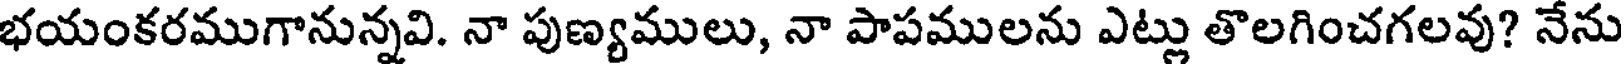
భయంకరముగానున్నవి. నా పుణ్యములు, నా పాపములను ఎట్లు తొలగించగలవు? నేను